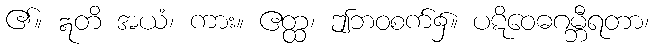
၏။ ဣတိ အယံ၊ ကား။ ဧတ္ထ၊ ဤဘဝစက်၌။ ပဋိဝေဓဂမ္ဘီရတာ၊